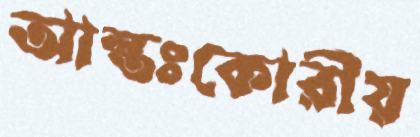
আন্তঃকোরীয়